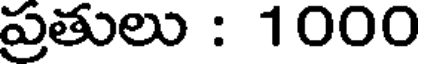
ప్రతులు : 1000